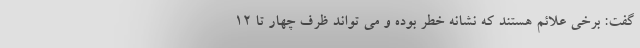
گفت: برخی علائم هستند که نشانه خطر بوده و می تواند ظرف چهار تا 12